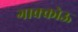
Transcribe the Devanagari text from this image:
गाक्कोऊ